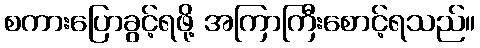
စကားပြောခွင့်ရဖို့ အကြာကြီးစောင့်ရသည်။